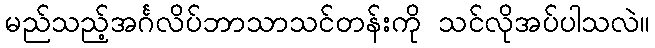
မည်သည့်အင်္ဂလိပ်ဘာသာသင်တန်းကို သင်လိုအပ်ပါသလဲ။